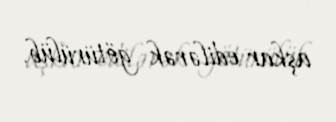
aşkar edilərək götürülüb.